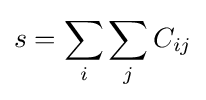
s=\sum _{i}\sum _{j}C_{ij}